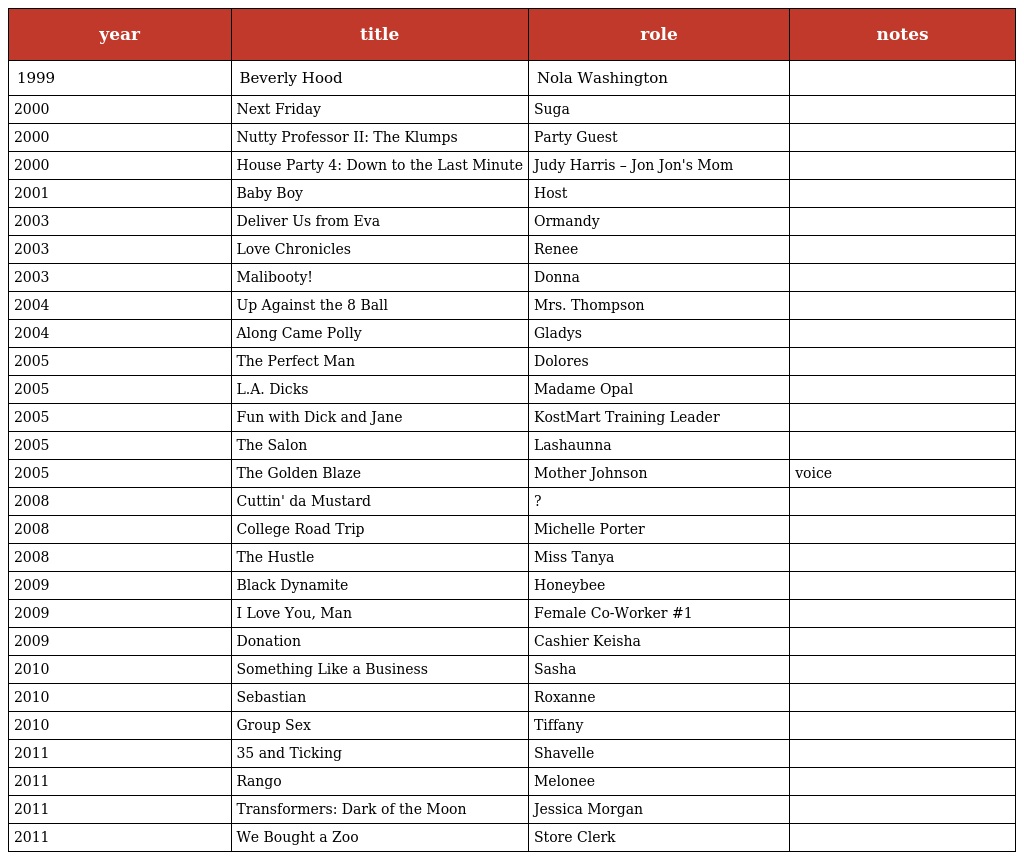
| year | title | role | notes |
 | --- | --- | --- | --- |
 | 1999 | Beverly Hood | Nola Washington |  |
 | 2000 | Next Friday | Suga |  |
 | 2000 | Nutty Professor II: The Klumps | Party Guest |  |
 | 2000 | House Party 4: Down to the Last Minute | Judy Harris – Jon Jon's Mom |  |
 | 2001 | Baby Boy | Host |  |
 | 2003 | Deliver Us from Eva | Ormandy |  |
 | 2003 | Love Chronicles | Renee |  |
 | 2003 | Malibooty! | Donna |  |
 | 2004 | Up Against the 8 Ball | Mrs. Thompson |  |
 | 2004 | Along Came Polly | Gladys |  |
 | 2005 | The Perfect Man | Dolores |  |
 | 2005 | L.A. Dicks | Madame Opal |  |
 | 2005 | Fun with Dick and Jane | KostMart Training Leader |  |
 | 2005 | The Salon | Lashaunna |  |
 | 2005 | The Golden Blaze | Mother Johnson | voice |
 | 2008 | Cuttin' da Mustard | ? |  |
 | 2008 | College Road Trip | Michelle Porter |  |
 | 2008 | The Hustle | Miss Tanya |  |
 | 2009 | Black Dynamite | Honeybee |  |
 | 2009 | I Love You, Man | Female Co-Worker #1 |  |
 | 2009 | Donation | Cashier Keisha |  |
 | 2010 | Something Like a Business | Sasha |  |
 | 2010 | Sebastian | Roxanne |  |
 | 2010 | Group Sex | Tiffany |  |
 | 2011 | 35 and Ticking | Shavelle |  |
 | 2011 | Rango | Melonee |  |
 | 2011 | Transformers: Dark of the Moon | Jessica Morgan |  |
 | 2011 | We Bought a Zoo | Store Clerk |  |